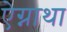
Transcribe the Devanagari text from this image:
ऐग्नाथा